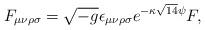
LaTeX: \begin{align*} {F_{\mu\nu\rho\sigma}=\sqrt{-g}\epsilon_{\mu\nu\rho\sigma}e^{-\kappa\sqrt{14}\psi}F,}\end{align*}